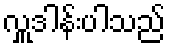
လှူဒါန်းပါသည်